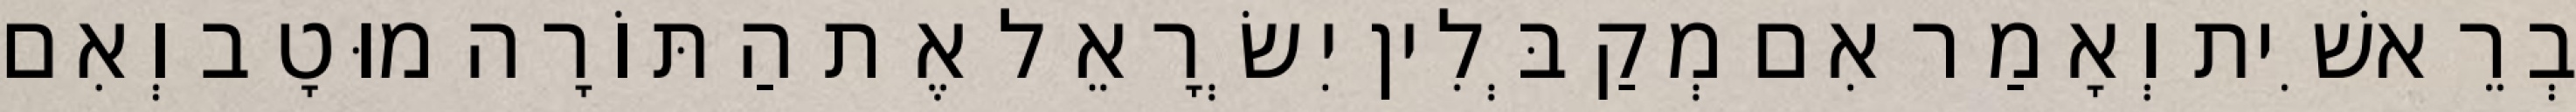
בְרֵאשִׁית וְאָמַר אִם מְקַבְּלִין יִשְׂרָאֵל אֶת הַתּוֹרָה מוּטָב וְאִם